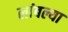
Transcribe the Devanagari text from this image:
लांबल्या